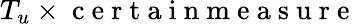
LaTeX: T_{u}\times\mathrm{~c~e~r~t~a~i~n~m~e~a~s~u~r~e~}